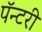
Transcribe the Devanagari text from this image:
पॅन्टरी